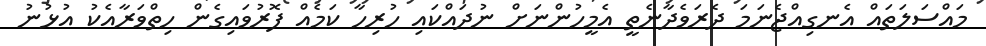
މައްސަލަތައް އެނގިއްޖެނަމަ ދެރަވެދާނެތީ އެމީހުންނަށް ނުދައްކައި ހުރިހާ ކަމެއް ފޮރުވައިގެން ހިތްވަރާއެކު އުޅުނު